Leningradi_Edasi_toimetus, lk 197
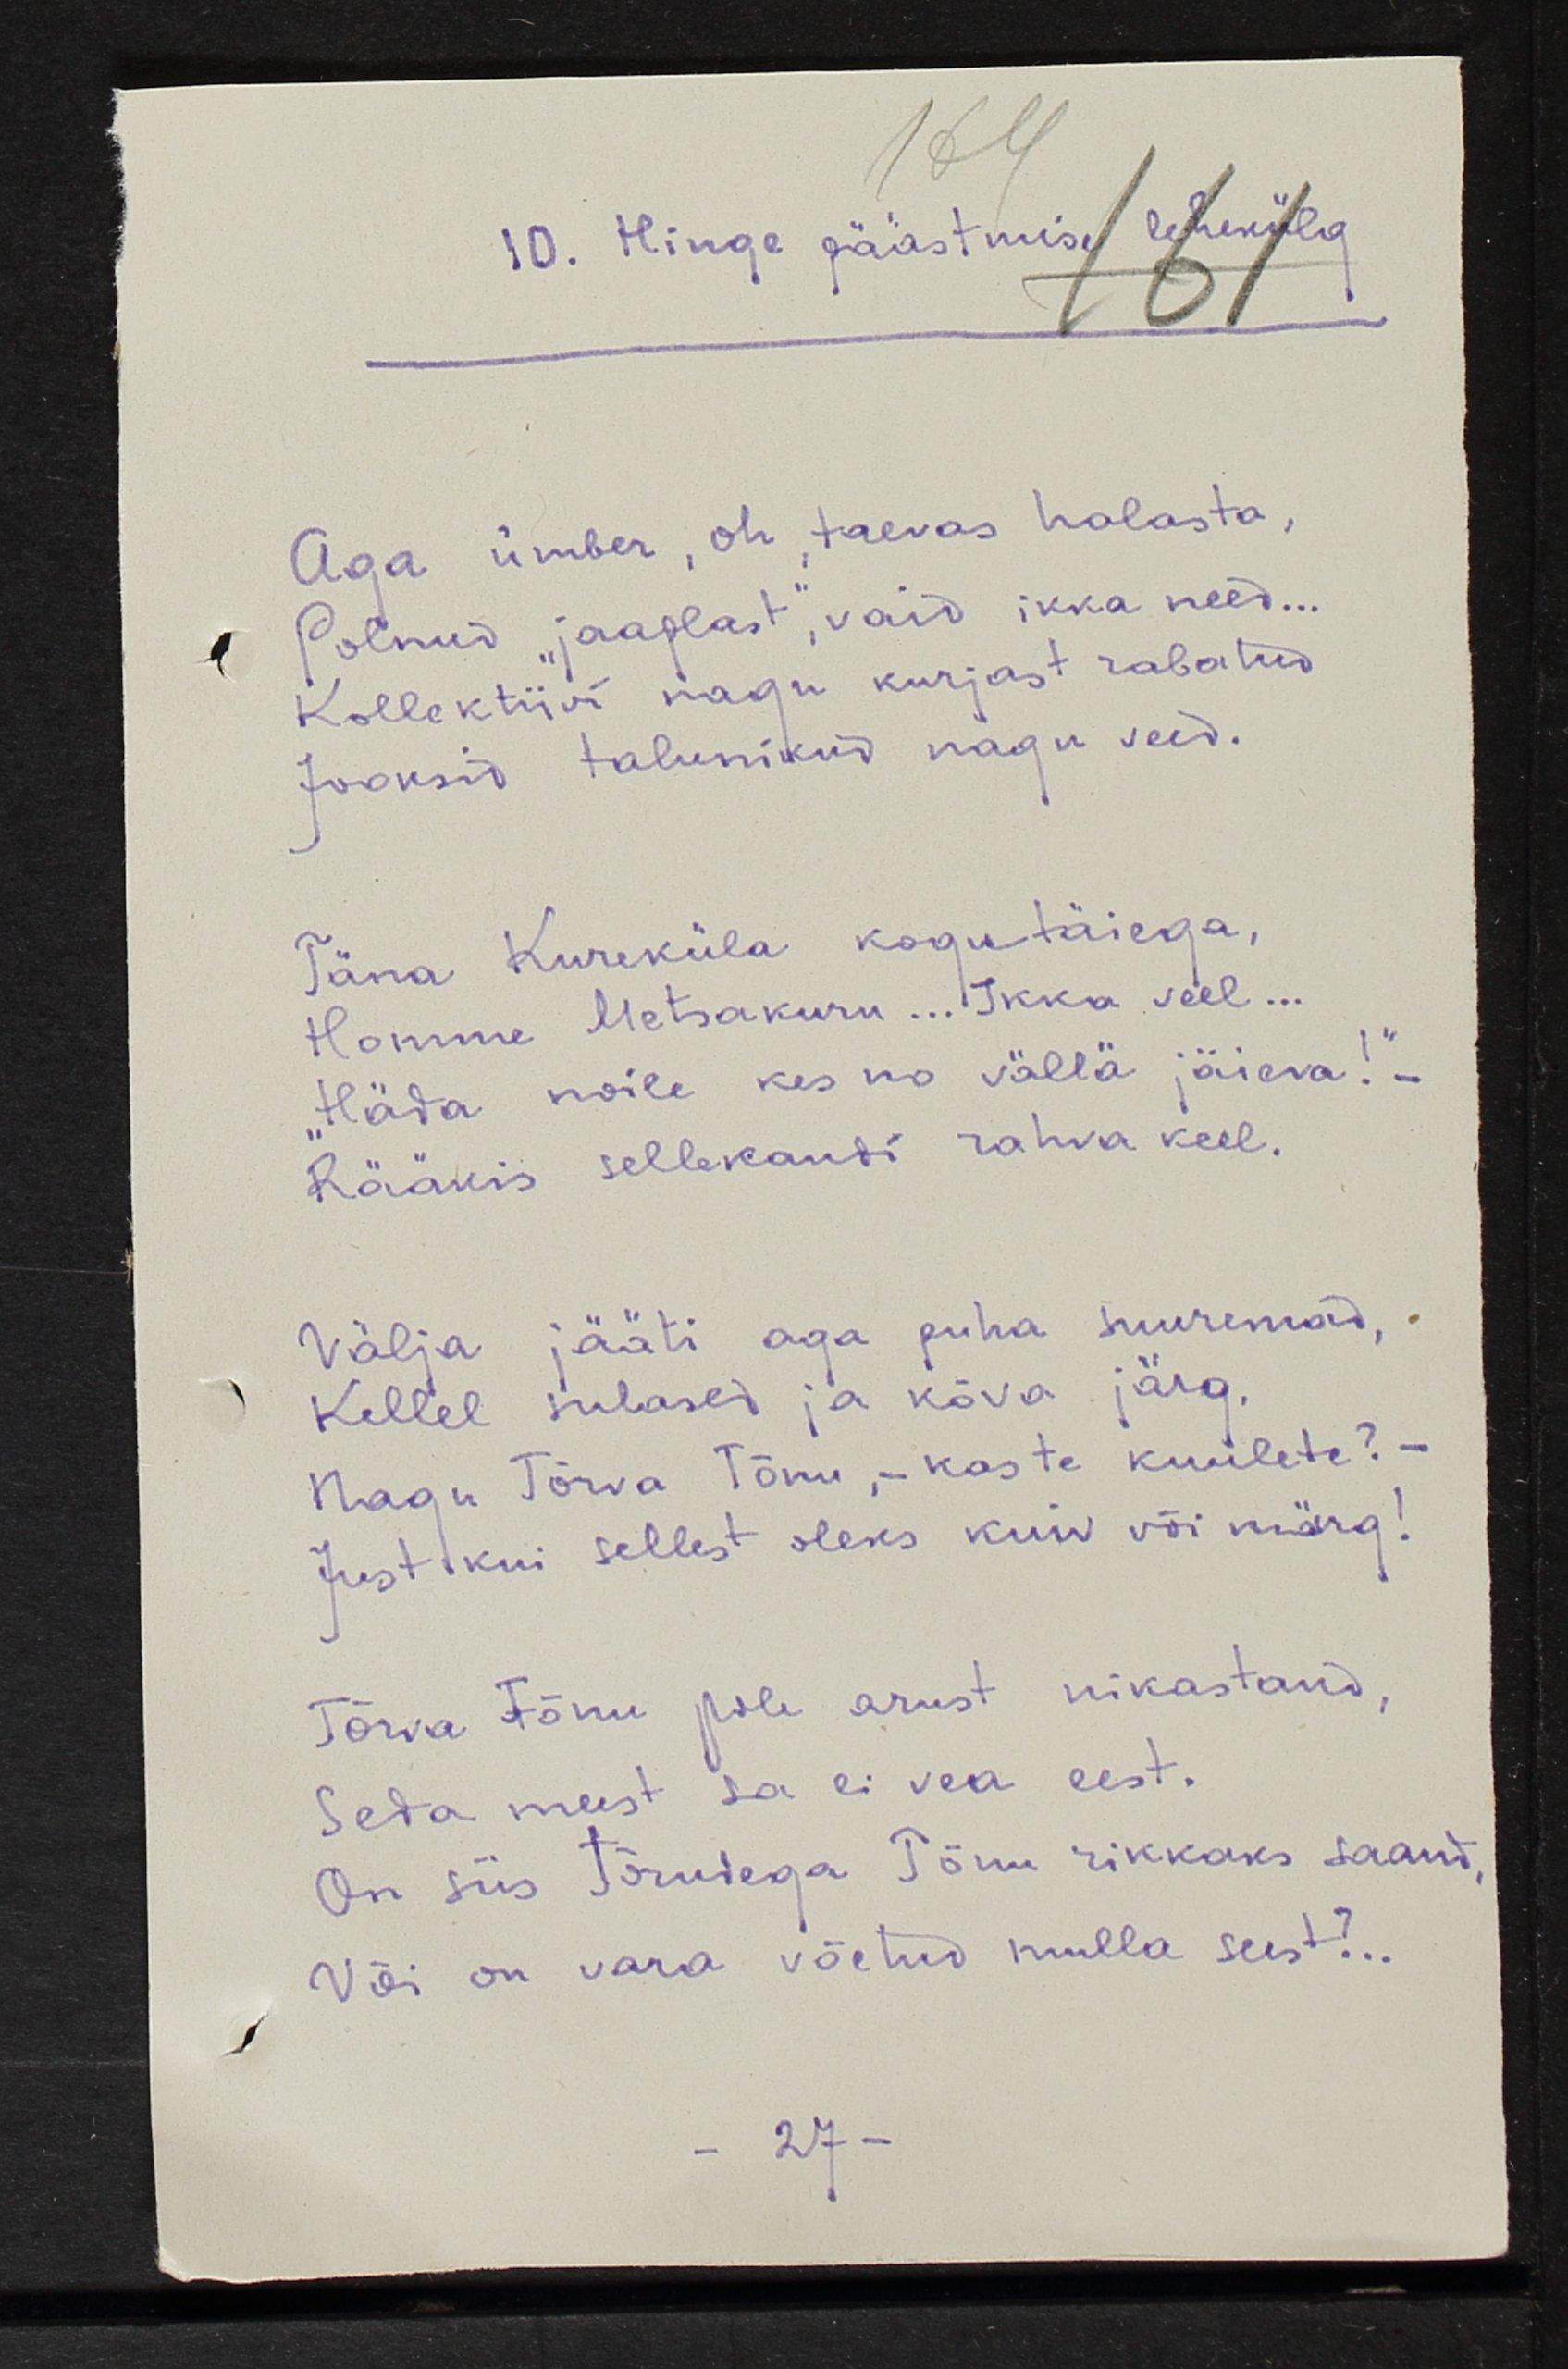
10. Hinge päästmise lehekülg
Aga ümber, oh, taevas halasta,
Polnud "jaaplast", vaid ikka need...
Kollektiivi nagu kurjast rabatud
Jooksid talunikud nagu veed.
Täna Kureküla kogutäiega,
Homme Metsakuru... Ikka veel...
"Häda noile kes no vällä jäieva!"
Rääkis sellekandi rahva keel.
Välja jääti aga puha suuremad, 
Kellel sulased ja kõva järg,
Nagu Tõrva Tõnu, - kas te kuulete? - 
Just kui sellest oleks kuiv või märg!
Tõrva Tõnu pole arust nikastand,
Seda meest sa ei vea eest.
On siis tõrvedega Tõnu rikkaks saand,
Või on vara võetud mulla seest?...